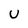
Character: U